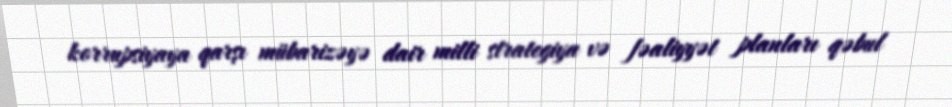
korrupsiyaya qarşı mübarizəyə dair milli strategiya və fəaliyyət planları qəbul